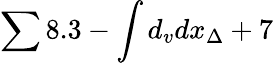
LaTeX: \sum 8.3-\int d_{v}dx_{\Delta}+7